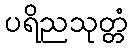
ပရိညသုတ္တံ